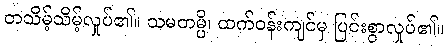
တသိမ့်သိမ့်လှုပ်၏။ သမတမ္ပိ၊ ထက်ဝန်းကျင်မှ ပြင်းစွာလှုပ်၏။